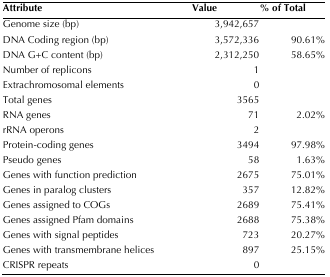
<table><thead><tr><td><b>Attribute</b></td><td><b>Value</b></td><td><b>% of Total</b></td></tr></thead><tbody><tr><td>Genome size (bp)</td><td>3,942,657</td><td></td></tr><tr><td>DNA Coding region (bp)</td><td>3,572,336</td><td>90.61%</td></tr><tr><td>DNA G+C content (bp)</td><td>2,312,250</td><td>58.65%</td></tr><tr><td>Number of replicons</td><td>1</td><td></td></tr><tr><td>Extrachromosomal elements</td><td>0</td><td></td></tr><tr><td>Total genes</td><td>3565</td><td></td></tr><tr><td>RNA genes</td><td>71</td><td>2.02%</td></tr><tr><td>rRNA operons</td><td>2</td><td></td></tr><tr><td>Protein-coding genes</td><td>3494</td><td>97.98%</td></tr><tr><td>Pseudo genes</td><td>58</td><td>1.63%</td></tr><tr><td>Genes with function prediction</td><td>2675</td><td>75.01%</td></tr><tr><td>Genes in paralog clusters</td><td>357</td><td>12.82%</td></tr><tr><td>Genes assigned to COGs</td><td>2689</td><td>75.41%</td></tr><tr><td>Genes assigned Pfam domains</td><td>2688</td><td>75.38%</td></tr><tr><td>Genes with signal peptides</td><td>723</td><td>20.27%</td></tr><tr><td>Genes with transmembrane helices</td><td>897</td><td>25.15%</td></tr><tr><td>CRISPR repeats</td><td>0</td><td></td></tr></tbody></table>